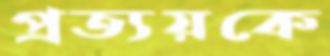
প্রত্যয়কে